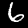
Label: 6